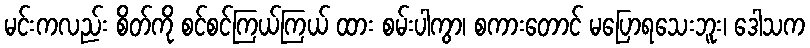
မင်းကလည်း စိတ်ကို စင်စင်ကြယ်ကြယ် ထား စမ်းပါကွာ၊ စကားတောင် မပြောရသေးဘူး၊ ဒေါသက